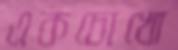
একচোখো